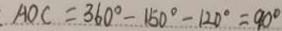
A O C = 3 6 0 ^ { \circ } - 1 5 0 ^ { \circ } - 1 2 0 ^ { \circ } = 9 0 ^ { \circ }